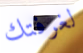
لغرفتك